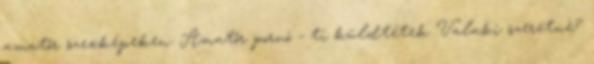
amatőr szexképeken. Amatőr pornó - ti küldtétek Valaki szeretnè?